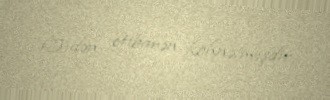
15-dən etibarən köhnəlmişdir.